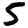
Digit: 5